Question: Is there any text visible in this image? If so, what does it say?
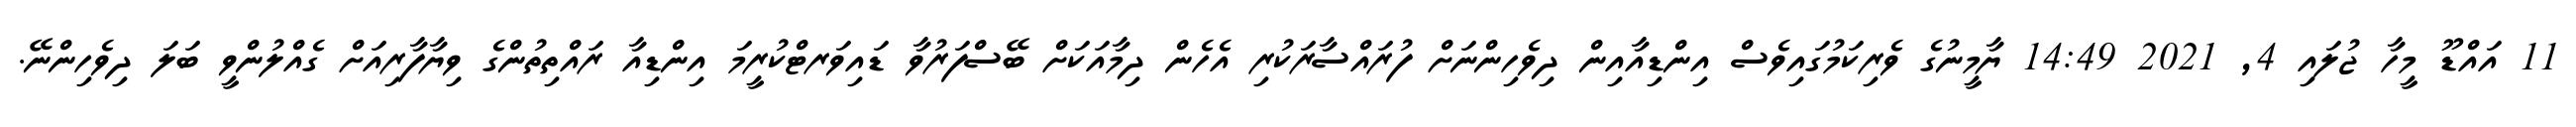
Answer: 11 އައްޑޫ މީހާ ޖުލައި 4, 2021 14:49 ޔާމީނުގެ ވެރިކަމުގައިވެސް އިންޑިއާއިން ދިވެހިންނަށް ފުރައްސާރަކުރި އެހެން ދިމާއަކަށް ބޭސްފަރުވާ ޑައިވަރޓްކުރީމަ އިންޑިއާ ރައްތިތުންގެ ވިޔާފާރިއަށް ގެއްލުންވީ ބަލަ ދިވެހިންނޭ.